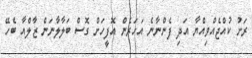
ރަށު ކުއްޖެއްވިއްޔާ އަދި ފެންނާނެ އަހަރެން އޮފީހަށް ގޮސް ބަލާލާނަން ޒާލްއާ ބެހޭ